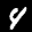
Label: 4